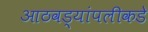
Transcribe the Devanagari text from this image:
आठवड्यांपलीकडे